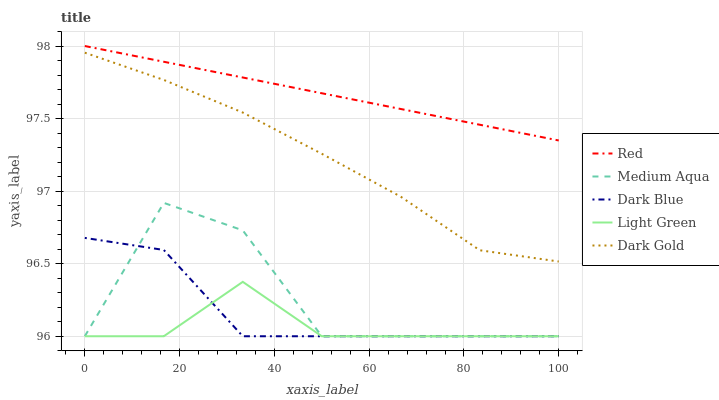
| xaxis_label | Red | Medium Aqua | Dark Blue | Light Green | Dark Gold |
 | --- | --- | --- | --- | --- | --- |
 | 0 | 98 | 96 | 96.7 | 96 | 98 |
 | 16.7 | 97.9 | 96.9 | 96.6 | 96 | 97.8 |
 | 33.3 | 97.8 | 96.7 | 96 | 96.4 | 97.5 |
 | 50 | 97.7 | 96 | 96 | 96 | 97.3 |
 | 66.7 | 97.6 | 96 | 96 | 96 | 97 |
 | 83.3 | 97.5 | 96 | 96 | 96 | 96.6 |
 | 100 | 97.3 | 96 | 96 | 96 | 96.5 |